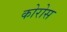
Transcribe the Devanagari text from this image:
कोरोस